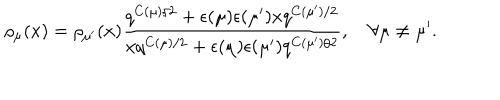
\rho _ { \mu } ( x ) = \rho _ { \mu ^ { \prime } } ( x ) \frac { q ^ { C ( \mu ) / 2 } + \epsilon ( \mu ) \epsilon ( \mu ^ { \prime } ) x q ^ { C ( \mu ^ { \prime } ) / 2 } } { x q ^ { C ( \mu ) / 2 } + \epsilon ( \mu ) \epsilon ( \mu ^ { \prime } ) q ^ { C ( \mu ^ { \prime } ) / 2 } } , ~ \forall \mu \neq \mu ^ { \prime } .